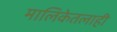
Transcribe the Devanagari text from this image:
मालिकेतलाही